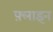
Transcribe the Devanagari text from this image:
फ़्लाइन